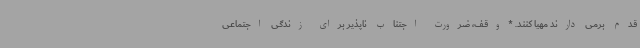
قدم برمی دارند مهیا کنند. *وقف، ضرورت اجتناب ناپذیر برای زندگی اجتماعی